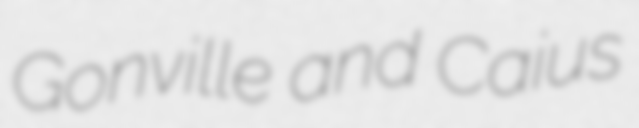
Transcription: Gonville and Caius